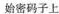
始密码子上